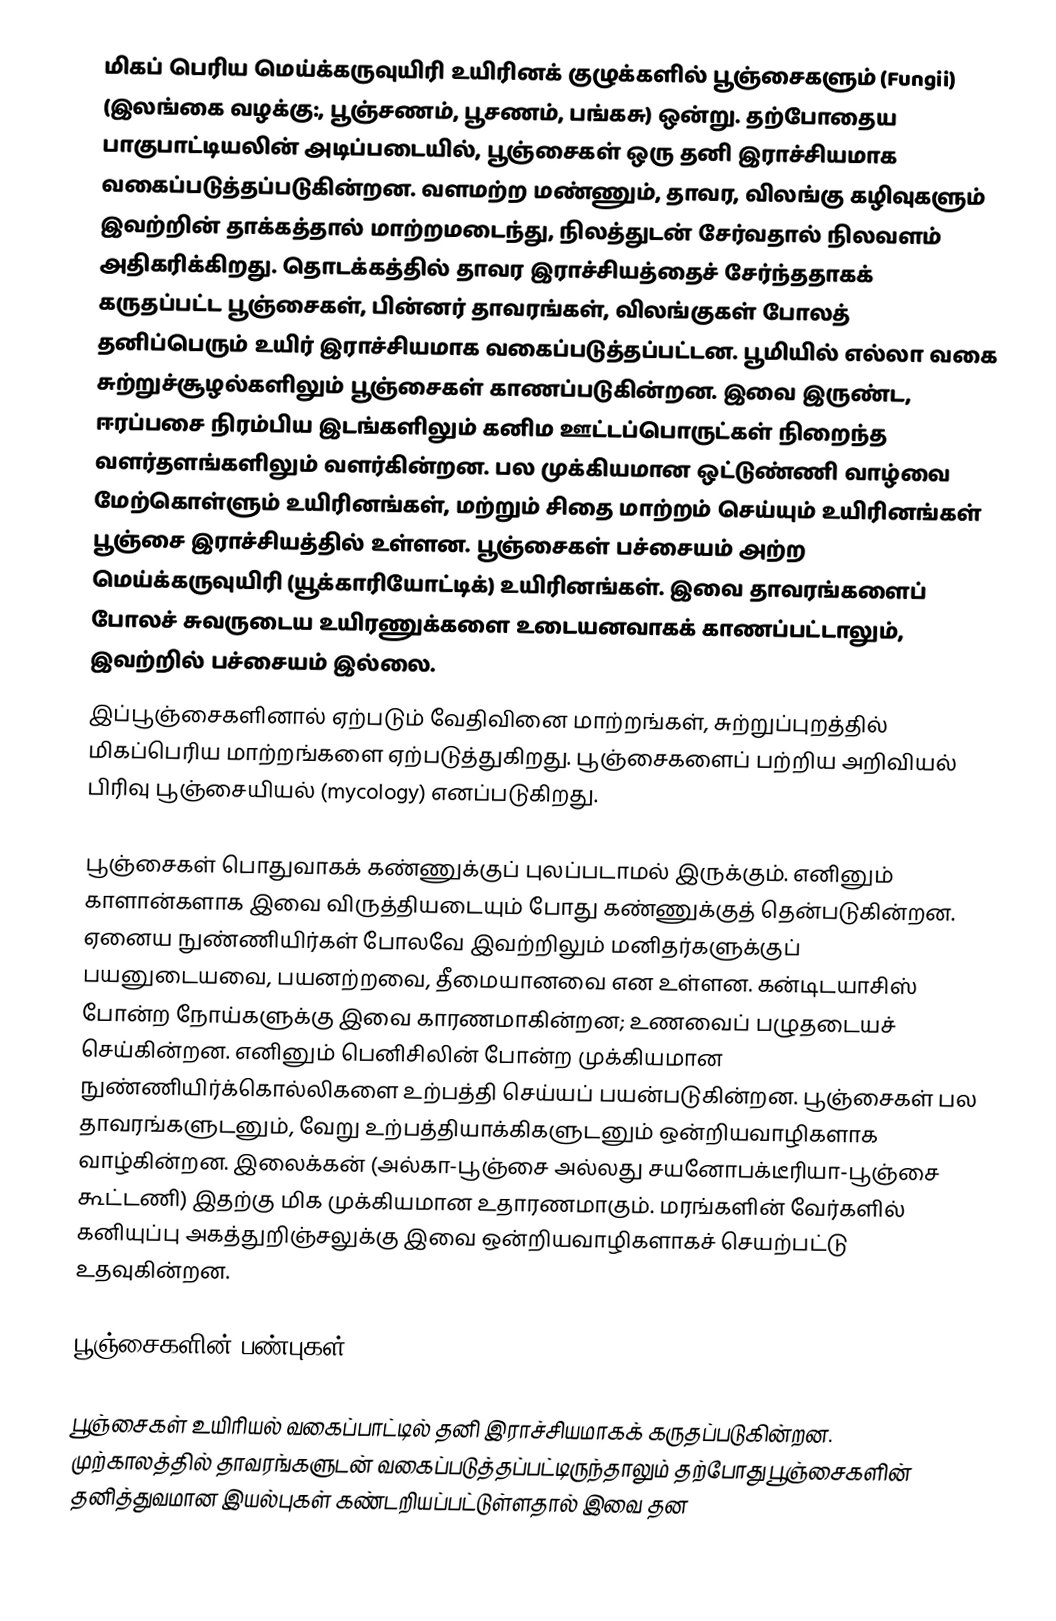
மிகப் பெரிய மெய்க்கருவுயிரி உயிரினக் குழுக்களில் பூஞ்சைகளும் (Fungii) (இலங்கை வழக்கு:, பூஞ்சணம், பூசணம், பங்கசு) ஒன்று. தற்போதைய பாகுபாட்டியலின் அடிப்படையில், பூஞ்சைகள் ஒரு தனி இராச்சியமாக வகைப்படுத்தப்படுகின்றன. வளமற்ற மண்ணும், தாவர, விலங்கு கழிவுகளும் இவற்றின் தாக்கத்தால் மாற்றமடைந்து, நிலத்துடன் சேர்வதால் நிலவளம் அதிகரிக்கிறது. தொடக்கத்தில் தாவர இராச்சியத்தைச் சேர்ந்ததாகக் கருதப்பட்ட பூஞ்சைகள், பின்னர் தாவரங்கள், விலங்குகள் போலத் தனிப்பெரும் உயிர் இராச்சியமாக வகைப்படுத்தப்பட்டன. பூமியில் எல்லா வகை சுற்றுச்சூழல்களிலும் பூஞ்சைகள் காணப்படுகின்றன.  இவை இருண்ட, ஈரப்பசை நிரம்பிய இடங்களிலும் கனிம ஊட்டப்பொருட்கள் நிறைந்த வளர்தளங்களிலும் வளர்கின்றன. பல முக்கியமான ஒட்டுண்ணி வாழ்வை மேற்கொள்ளும் உயிரினங்கள், மற்றும் சிதை மாற்றம் செய்யும் உயிரினங்கள் பூஞ்சை இராச்சியத்தில் உள்ளன. பூஞ்சைகள் பச்சையம் அற்ற மெய்க்கருவுயிரி (யூக்காரியோட்டிக்) உயிரினங்கள். இவை தாவரங்களைப் போலச் சுவருடைய உயிரணுக்களை உடையனவாகக் காணப்பட்டாலும், இவற்றில் பச்சையம் இல்லை.
இப்பூஞ்சைகளினால் ஏற்படும் வேதிவினை மாற்றங்கள், சுற்றுப்புறத்தில் மிகப்பெரிய மாற்றங்களை ஏற்படுத்துகிறது. பூஞ்சைகளைப் பற்றிய அறிவியல் பிரிவு பூஞ்சையியல் (mycology) எனப்படுகிறது.

பூஞ்சைகள் பொதுவாகக் கண்ணுக்குப் புலப்படாமல் இருக்கும். எனினும் காளான்களாக இவை விருத்தியடையும் போது கண்ணுக்குத் தென்படுகின்றன. ஏனைய நுண்ணியிர்கள் போலவே இவற்றிலும் மனிதர்களுக்குப் பயனுடையவை, பயனற்றவை, தீமையானவை என உள்ளன. கன்டிடயாசிஸ் போன்ற நோய்களுக்கு இவை காரணமாகின்றன; உணவைப் பழுதடையச் செய்கின்றன. எனினும் பெனிசிலின் போன்ற முக்கியமான நுண்ணியிர்க்கொல்லிகளை உற்பத்தி செய்யப் பயன்படுகின்றன. பூஞ்சைகள் பல தாவரங்களுடனும், வேறு உற்பத்தியாக்கிகளுடனும் ஒன்றியவாழிகளாக வாழ்கின்றன. இலைக்கன் (அல்கா-பூஞ்சை அல்லது சயனோபக்டீரியா-பூஞ்சை கூட்டணி) இதற்கு மிக முக்கியமான உதாரணமாகும். மரங்களின் வேர்களில் கனியுப்பு அகத்துறிஞ்சலுக்கு இவை ஒன்றியவாழிகளாகச் செயற்பட்டு உதவுகின்றன.

பூஞ்சைகளின் பண்புகள்

பூஞ்சைகள் உயிரியல் வகைப்பாட்டில் தனி இராச்சியமாகக் கருதப்படுகின்றன. முற்காலத்தில் தாவரங்களுடன் வகைப்படுத்தப்பட்டிருந்தாலும் தற்போது பூஞ்சைகளின் தனித்துவமான இயல்புகள் கண்டறியப்பட்டுள்ளதால் இவை தன